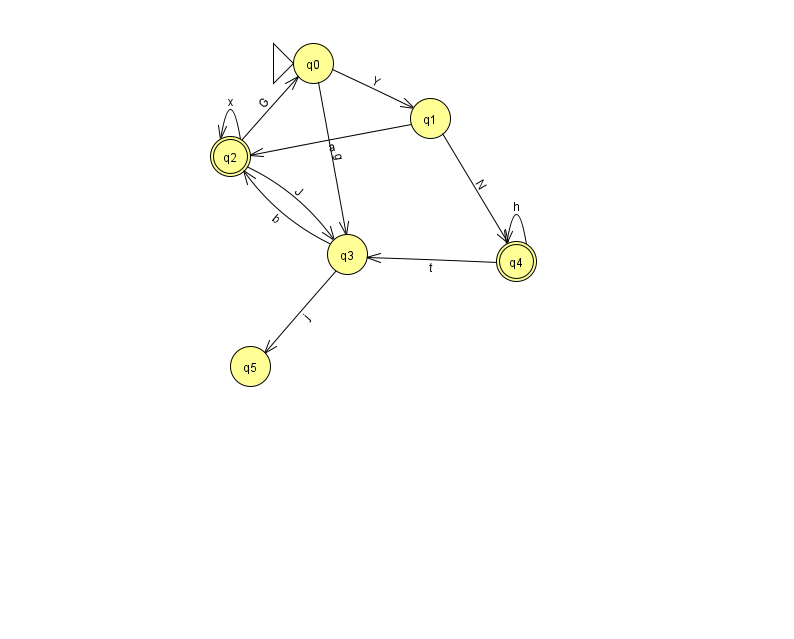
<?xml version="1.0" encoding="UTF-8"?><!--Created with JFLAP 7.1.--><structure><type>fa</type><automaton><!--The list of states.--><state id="0" name="q0"><x>313.0</x><y>50.0</y><initial/></state><state id="1" name="q1"><x>430.0</x><y>105.0</y></state><state id="2" name="q2"><x>230.0</x><y>143.0</y><final/></state><state id="3" name="q3"><x>347.0</x><y>241.0</y></state><state id="4" name="q4"><x>516.0</x><y>248.0</y><final/></state><state id="5" name="q5"><x>250.0</x><y>353.0</y></state><!--The list of transitions.--><transition><from>1</from><to>2</to><read>a</read></transition><transition><from>3</from><to>2</to><read>b</read></transition><transition><from>4</from><to>3</to><read>t</read></transition><transition><from>0</from><to>3</to><read>g</read></transition><transition><from>2</from><to>0</to><read>G</read></transition><transition><from>3</from><to>5</to><read>j</read></transition><transition><from>2</from><to>2</to><read>x</read></transition><transition><from>2</from><to>3</to><read>J</read></transition><transition><from>4</from><to>4</to><read>h</read></transition><transition><from>1</from><to>4</to><read>N</read></transition><transition><from>0</from><to>1</to><read>Y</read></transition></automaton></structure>